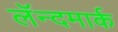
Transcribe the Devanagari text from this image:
लॅन्दमार्क